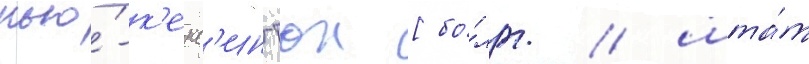
нью́-к'енс'ингтон [бо́лг. / шта́т